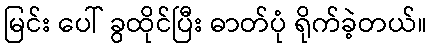
မြင်း ပေါ် ခွထိုင်ပြီး ဓာတ်ပုံ ရိုက်ခဲ့တယ်။